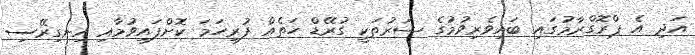
އަދި އެ ޕްރޮގްރާމުގައި ބައިވެރިވުމުގެ ޝަރުތަކީ ގުރޭޑް ހަތެއް ފުރިހަމަ ކޮށްފައިވުމާއި އިނގިރޭސި